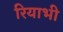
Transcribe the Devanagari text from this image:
रियाभी